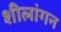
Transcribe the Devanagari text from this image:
शीलांगन